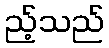
ည့်သည်